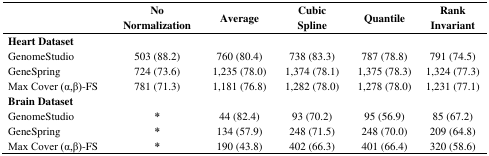
|  | No Normalization | Average | Cubic Spline | Quantile | Rank Invariant |
 | --- | --- | --- | --- | --- | --- |
 | Heart Dataset |  |  |  |  |  |
 | GenomeStudio | 503 (88.2) | 760 (80.4) | 738 (83.3) | 787 (78.8) | 791 (74.5) |
 | GeneSpring | 724 (73.6) | 1,235 (78.0) | 1,374 (78.1) | 1,375 (78.3) | 1,324 (77.3) |
 | Max Cover (α,β)-FS | 781 (71.3) | 1,181 (76.8) | 1,282 (78.0) | 1,278 (78.0) | 1,231 (77.1) |
 | Brain Dataset |  |  |  |  |  |
 | GenomeStudio | * | 44 (82.4) | 93 (70.2) | 95 (56.9) | 85 (67.2) |
 | GeneSpring | * | 134 (57.9) | 248 (71.5) | 248 (70.0) | 209 (64.8) |
 | Max Cover (α,β)-FS | * | 190 (43.8) | 402 (66.3) | 401 (66.4) | 320 (58.6) |